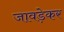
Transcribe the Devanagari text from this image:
जावड़ेकर